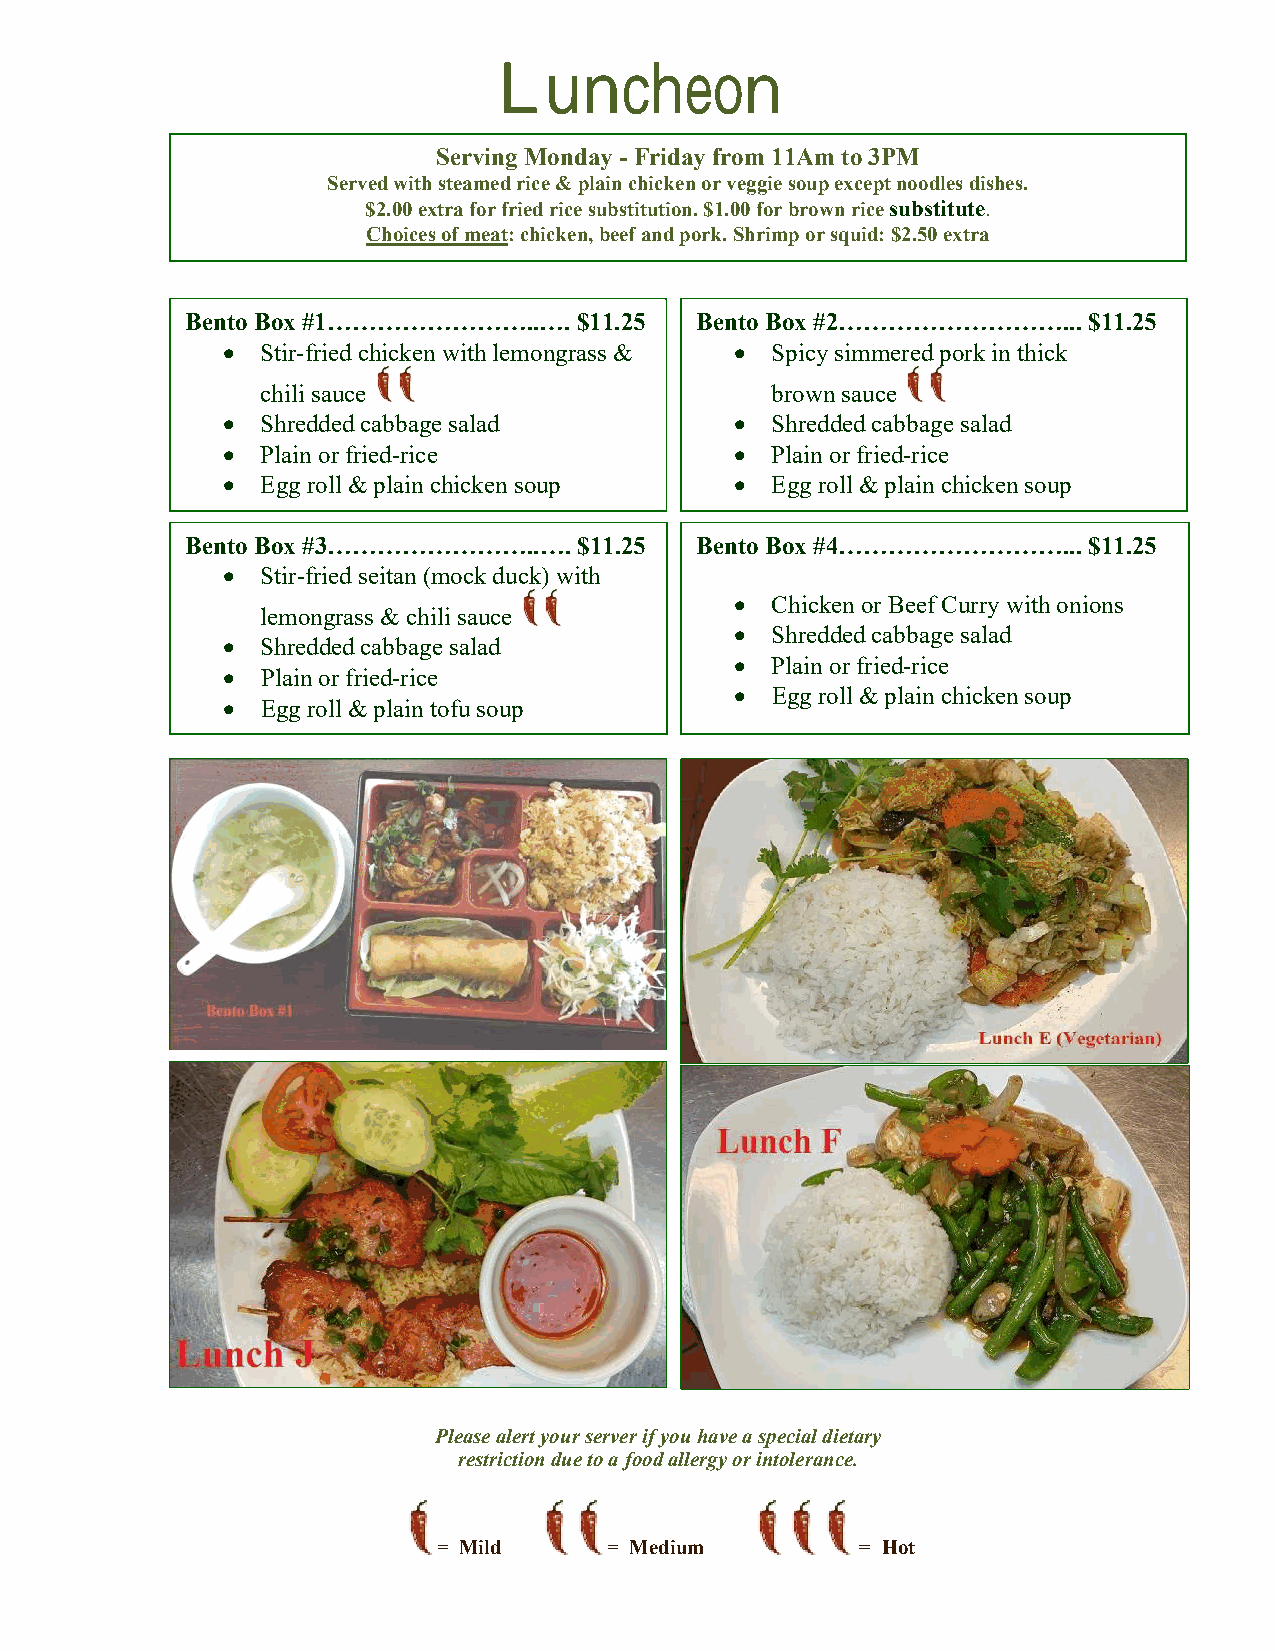
Luncheon
 Serving Monday - Friday from 11Am to 3PM
 Served with steamed rice & plain chicken or veggie soup except noodles dishes.
 $2.00 extra for fried rice substitution. $1.00 for brown rice substitute.
 Choices of meat: chicken, beef and pork. Shrimp or squid: $2.50 extra
 Bento Box #1……………………..….  $11.25  Bento Box #2………………………...  $11.25
  Stir-fried chicken with lemongrass &  Spicy simmered pork in thick
 chili sauce                       brown sauce
  Shredded cabbage salad           Shredded cabbage salad
  Plain or fried-rice              Plain or fried-rice
  Egg roll & plain chicken soup    Egg roll & plain chicken soup
 Bento Box #3……………………..….  $11.25  Bento Box #4………………………...  $11.25
  Stir-fried seitan (mock duck) with
  Chicken or Beef Curry with onions
 lemongrass & chili sauce
  Shredded cabbage salad
  Shredded cabbage salad
  Plain or fried-rice
  Plain or fried-rice
  Egg roll & plain chicken soup
  Egg roll & plain tofu soup
 Please alert your server if you have a special dietary
 restriction due to a food allergy or intolerance.
 = Mild     = Medium         = Hot